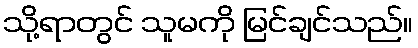
သို့ရာတွင် သူမကို မြင်ချင်သည်။